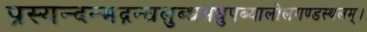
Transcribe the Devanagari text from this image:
प्रस्यन्दन्मद्गन्धलुब्धमधुपब्यालोलगण्डस्थलम्।